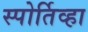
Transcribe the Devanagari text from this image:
स्पोर्तिव्हा